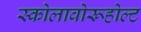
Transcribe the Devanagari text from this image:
स्कोलावोरूहोल्ट